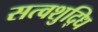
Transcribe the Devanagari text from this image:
सत्वशुद्धि